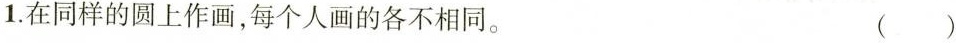
1.在同样的圆上作画，每个人画的各不相同。 ()